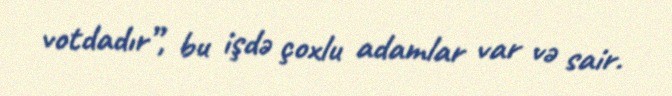
votdadır”, bu işdə çoxlu adamlar var və sair.